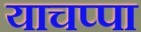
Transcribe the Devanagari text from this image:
याचप्पा